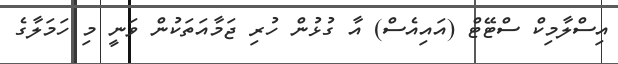
އިސްލާމިކް ސްޓޭޓް (އައިއެސް) އާ ގުޅުން ހުރި ޖަމާއަތަކުން ވަނީ މި ހަމަލާގެ